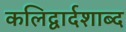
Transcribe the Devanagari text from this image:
कलिद्वार्दशाब्द